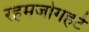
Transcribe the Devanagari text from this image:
रहमजोगहर्ट